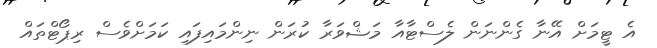
އެ ޓީމަށް އޭނާ ގެންނަން ލެސްޓާއާ މަޝްވަރާ ކުރަން ނިންމައިފައި ކަމަށްވެސް ރިޕޯޓްތައް